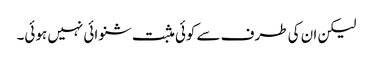
لیکن ان کی طرف سے کوئی مثبت شنوائی نہیں ہوئی۔